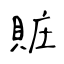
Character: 賍